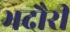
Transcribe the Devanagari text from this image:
भदौरी